Indian journal of veterinary science and animal husbandry - Volumes 24-25, 1954-1955
Year: 1954
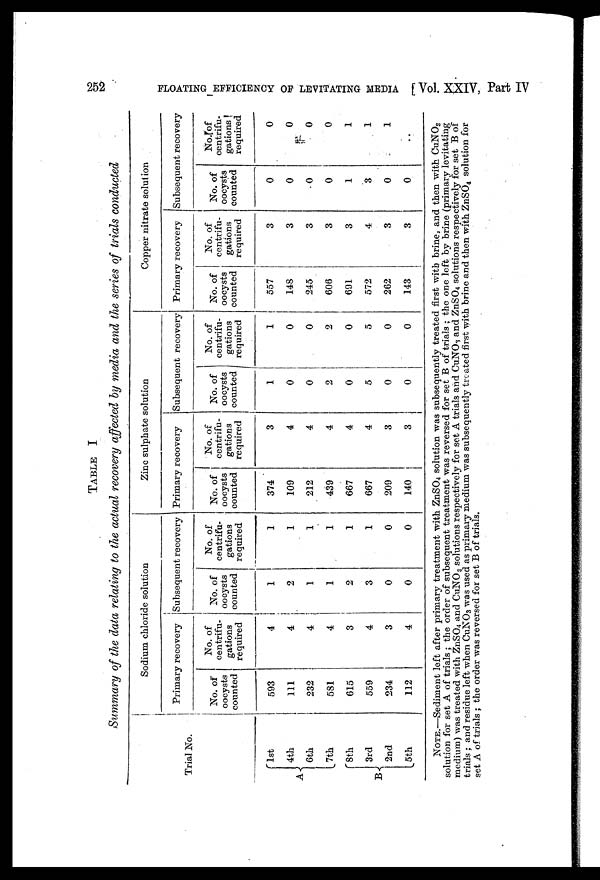
252
FLOATING EFFICIENCY OF LEVITATING MEDIA [ Vol. XXIV, Part IV
TABLE I
Summary of the data relating to the actual recovery affected by media and the series of trials conducted
Trial No.
A
B
1st
4th
6th
7th
8th
3rd
2nd
5th
Sodium chloride solution
Primary recovery
No. of
oocysts
counted
593
111
232
581
615
559
234
112
No. of
centrifu-
gations
required
4
4
4
4
3
4
3
4
Subsequent recovery
No. of
oocysts
counted
1
2
1
1
2
3
0
0
No. of
centrifu-
gations
required
1
1
1
1
1
1
0
0
Zinc sulphate solution
Primary recovery
No. of
oocysts
counted
374
109
212
439
667
667
209
140
No. of
centrifu-
gations
required
3
4
4
4
4
4
3
3
Subsequent recovery
No. of
oocysts
counted
1
0
0
2
0
5
0
0
No. of
centrifu-
gations
required
1
0
0
2
0
5
0
0
Copper nitrate solution
Primary recovery
No. of
oocysts
counted
557
148
245
606
691
572
262
143
No. of
centrifu-
gations
required
3
3
3
3
3
4
3
3
Subsequent recovery
No. of
oocysts
counted
0
0
0
0
1
3
0
0
No. of
centrifu-
gations
required
0
0
0
0
1
1
1
..
NOTE.—Sediment left after primary treatment with ZnSO 4 solution was subsequently treated first with brine, and then with CuNO 3
solution for set A of trials ; the order of subsequent treatment was reversed for set B of trials ; the one left by brine (primary levitating
medium) was treated with ZnSO 4 and CuNO 3 solutions respectively for set A trials and CuNO 3 and ZnSO 4 solutions respectively for set B of
trials ; and residue left when CuNO 3 was used as primary medium was subsequently treated first with brine and then with ZnSO 4 solution for
set A of trials ; the order was reversed for set B of trials.